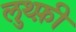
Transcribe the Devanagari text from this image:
लुथ्फ़ी